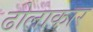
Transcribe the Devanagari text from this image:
ढोलाकार